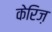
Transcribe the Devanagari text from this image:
केरिज़